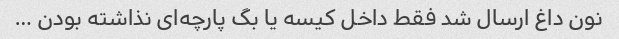
نون داغ ارسال شد فقط داخل کیسه یا بگ پارچه‌ای نذاشته بودن …